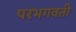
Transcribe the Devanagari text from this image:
परभगवती